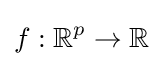
f:\mathbb {R} ^{p}\rightarrow \mathbb {R}